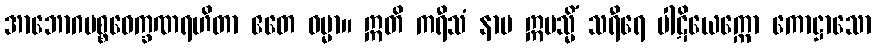
အာဘောဂပစ္စဝေက္ခဏရဟိတာ ဧတေ ဓမ္မာ။ ဣတိ ကရီသံ နာမ ဣမသ္မိံ သရီရေ ပါဋိယေက္ကော ကောဋ္ဌာသော